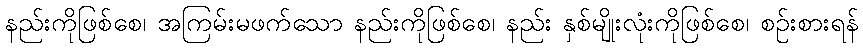
နည်းကိုဖြစ်စေ၊ အကြမ်းမဖက်သော နည်းကိုဖြစ်စေ၊ နည်း နှစ်မျိုးလုံးကိုဖြစ်စေ၊ စဉ်းစားရန်